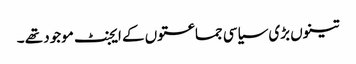
تینوں بڑی سیاسی جماعتوں کے ایجنٹ موجود تھے ۔